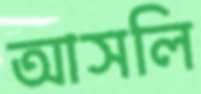
আসলি